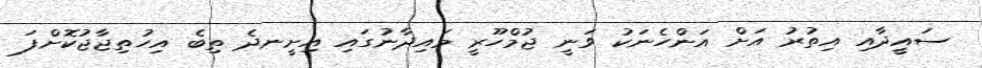
ސައީދާއި އިތުރު އަށް އަންހެނަކު ވަނީ ޖުމްހޫރީ މައިދާނުގައި އިށީނދެ ތިބެ އިހުތިޖާޖުކޮށްފަ